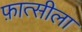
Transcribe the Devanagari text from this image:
फ़ात्सीला